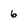
Character: 6